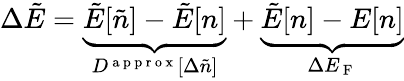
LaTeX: \Delta\tilde{E}=\underbrace{\tilde{E}[\tilde{n}]-\tilde{E}[n]}_{D^{\mathrm{~a~p~p~r~o~x~}}[\Delta\tilde{n}]}+\underbrace{\tilde{E}[n]-E[n]}_{\Delta E_{\mathrm{~F~}}}